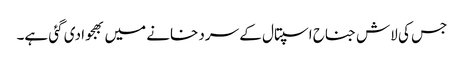
جس کی لاش جناح اسپتال کے سرد خانے میں بھجوا دی گئی ہے۔